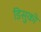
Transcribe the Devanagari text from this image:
डिसुको